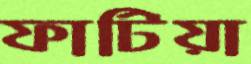
ফাটিয়া